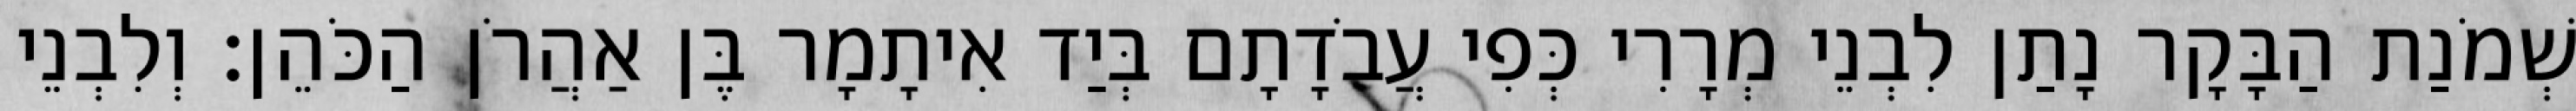
שְׁמֹנַת הַבָּקָר נָתַן לִבְנֵי מְרָרִי כְּפִי עֲבֹדָתָם בְּיַד אִיתָמָר בֶּן אַהֲרֹן הַכֹּהֵן׃ וְלִבְנֵי